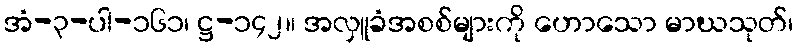
အံ-၃-ပါ-၁၆၁၊ ဋ္ဌ-၁၄၂။ အလှူခံအစစ်များကို ဟောသော မာဃသုတ်၊